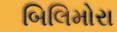
બિલિમોરા